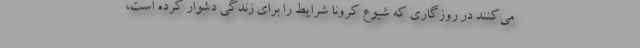
می‌کنند در روزگاری که شیوع کرونا شرایط را برای زندگی دشوار کرده است،